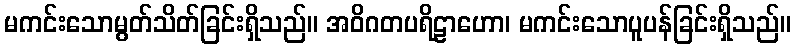
မကင်းသောမွတ်သိတ်ခြင်းရှိသည်။ အဝိဂတပရိဠာဟော၊ မကင်းသောပူပန်ခြင်းရှိသည်။